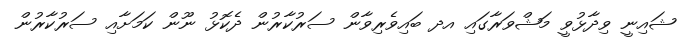
ޝައިނީ ވިދާޅުވީ މަޝްވަރާގައި އދ ބައިވެރިވާން ސަރުކާރުން ދެކޮޅު ނޫން ކަމަށާއި ސަރުކާރުން